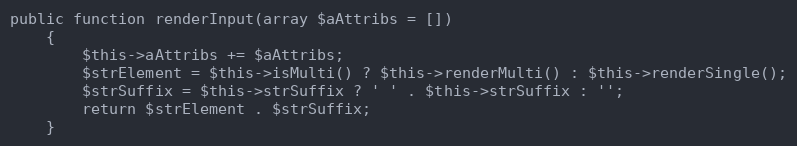
Language: PHP
public function renderInput(array $aAttribs = [])
    {
        $this->aAttribs += $aAttribs;
        $strElement = $this->isMulti() ? $this->renderMulti() : $this->renderSingle();
        $strSuffix = $this->strSuffix ? ' ' . $this->strSuffix : '';
        return $strElement . $strSuffix;
    }